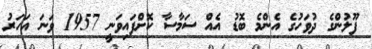
ފޫލުންގެ ދުވަހުގެ އެންމެ ބޮޑު އެއް ސަމާސާ ކޮށްފައިވަނީ 1957 ވަނަ އަހަރު